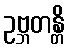
ဥဗ္ဘတန္တိ